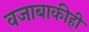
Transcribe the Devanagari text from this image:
वजाबाकीही